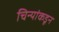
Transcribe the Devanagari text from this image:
चिन्यांकडून